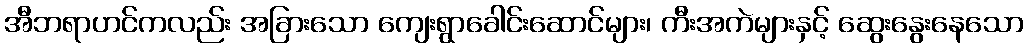
အီဘရာဟင်ကလည်း အခြားသော ကျေးရွာခေါင်းဆောင်များ၊ ကီးအကဲများနှင့် ဆွေးနွေးနေသော